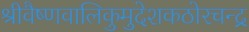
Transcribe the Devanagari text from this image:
श्रीवैष्णवालिकुमुदेशकठोरचन्द्र